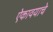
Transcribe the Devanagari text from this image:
ऐकावयाचे